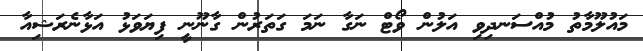
މައުލޫމާތު މުއްސަނދިވި އަލުން ވޯޓް ނަގާ ނަމަ ގަތަރުން ގާނޫނީ ފިޔަވަޅު އަޅާނެރަޝިއާ